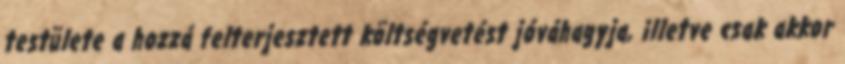
testülete a hozzá felterjesztett költségvetést jóváhagyja, illetve csak akkor